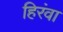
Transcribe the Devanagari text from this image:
हिरंवा